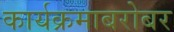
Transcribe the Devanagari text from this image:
कार्यक्रमाबरोबर